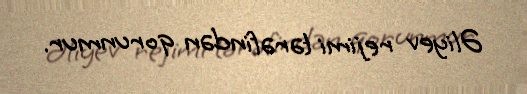
Əliyev rejimi tərəfindən qorunmur.